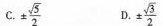
C.±\frac{\sqrt{5}}{2} D.±\frac{\sqrt{3}}{2}